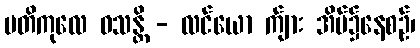
ပတိကုလေ ဝသန္တိ - လင်ယော က်ျား အိမ်၌နေစဉ်၊